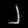
Digit: ၂